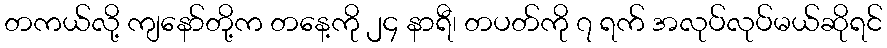
တကယ်လို့ ကျနော်တို့က တနေ့ကို ၂၄ နာရီ၊ တပတ်ကို ၇ ရက် အလုပ်လုပ်မယ်ဆိုရင်